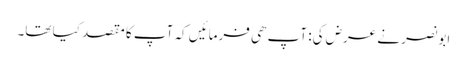
ابو نصر نے عرض کی: آپ ھی فرمائیں کہ آپ کا مقصد کیا تھا۔